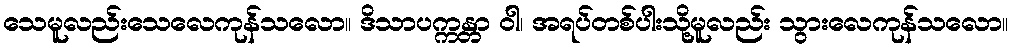
သေမူလည်းသေလေကုန်သလော။ ဒိသာပက္ကန္တာ ဝါ၊ အရပ်တစ်ပါးသို့မူလည်း သွားလေကုန်သလော။